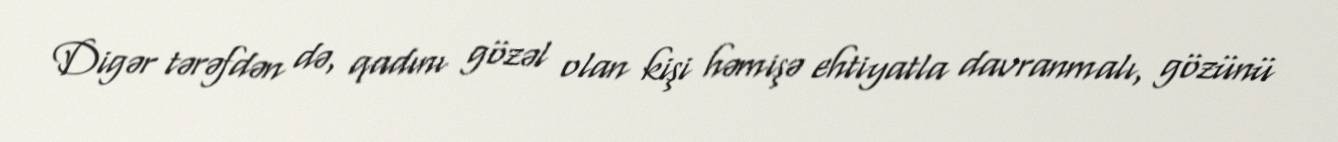
Digər tərəfdən də, qadını gözəl olan kişi həmişə ehtiyatla davranmalı, gözünü